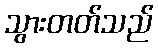
သွားတတ်သည်